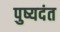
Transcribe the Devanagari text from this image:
पुष्यदंत